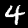
Label: 4